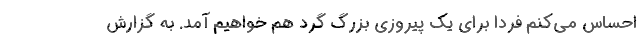
احساس می‌کنم فردا برای یک پیروزی بزرگ گرد هم خواهیم آمد. به گزارش